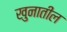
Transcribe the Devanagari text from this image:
खुनातील